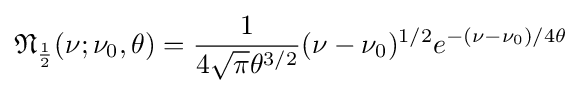
{\mathfrak {N}}_{\frac {1}{2}}(\nu ;\nu _{0},\theta )={\frac {1}{4{\sqrt {\pi }}\theta ^{3/2}}}(\nu -\nu _{0})^{1/2}e^{-(\nu -\nu _{0})/4\theta }